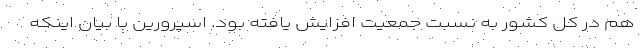
هم در کل کشور به نسبت جمعیت افزایش یافته بود. اسپرورین با بیان اینکه